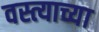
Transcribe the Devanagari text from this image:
वस्त्याच्या